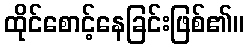
ထိုင်စောင့်နေခြင်းဖြစ်၏။